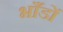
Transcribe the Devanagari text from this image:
भाँडों